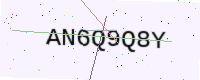
Text: AN6Q9Q8Y